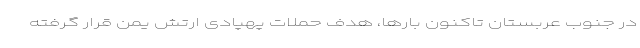
در جنوب عربستان تاکنون بارها، هدف حملات پهپادی ارتش یمن قرار گرفته